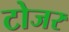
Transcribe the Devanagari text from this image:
टोजर